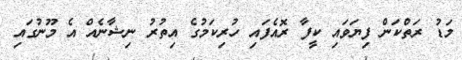
މަޑު ރަތްކަން ފިޔަވައި ކީފާ ރޮއެފައި ހުރިކަމުގެ އިތުރު ނިޝާނެއް އެ މޫނުގައި